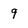
Character: 9